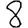
Digit: 8